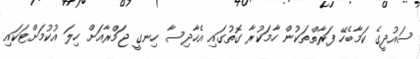
ސައުދީގެ ކަމާބެހޭ ފަރާތްތަކުން ހާމަކުރާ ގޮތުގައި އެހާދިސާ ހިނގީ ޖަމްރާއަށް ހިލަ އުކުމަށްޓަކައި